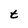
Character: t